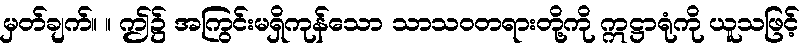
မှတ်ချက်။ ။ ဤ၌ အကြွင်းမရှိကုန်သော သာသဝတရားတို့ကို ဣဋ္ဌာရုံကို ယူသဖြင့်